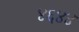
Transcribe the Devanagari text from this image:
४६४४